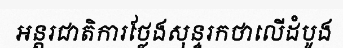
អន្តរជាតិការថ្លែងសុន្ទរកថាលើដំបូង